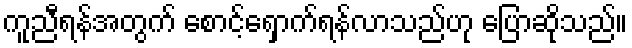
ကူညီရန်အတွက် စောင့်ရှောက်ရန်လာသည်ဟု ပြောဆိုသည်။